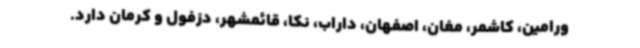
ورامین، کاشمر، مغان، اصفهان، داراب، نکا، قائمشهر، دزفول و کرمان دارد.